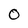
Character: 0